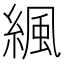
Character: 𦂱